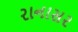
રાનાસર